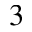
^ 3